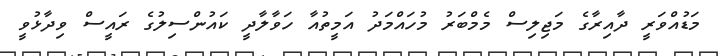
މަޑުއްވަރީ ދާއިރާގެ މަޖިލިސް މެމްބަރު މުހައްމަދު އަމީތުއާ ހަވާލާދީ ކައުންސިލުގެ ރައީސް ވިދާޅުވީ